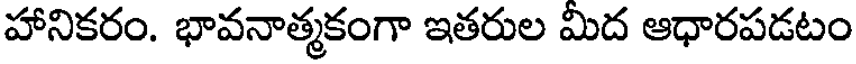
హానికరం. భావనాత్మకంగా ఇతరుల మీద ఆధారపడటం